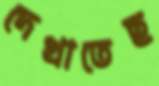
দেখাতেছ